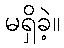
မရှိခဲ့။